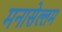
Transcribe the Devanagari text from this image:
मनासेल्लम